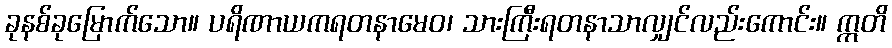
ခုနစ်ခုမြောက်သော။ ပရိဏာယကရတနာမေဝ၊ သားကြီးရတနာသာလျှင်လည်းကောင်း။ ဣတိ